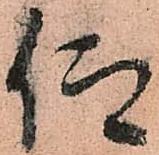
仰